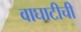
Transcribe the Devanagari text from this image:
वाघाटीची